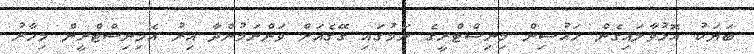
ބަޔަކު އޮޅުވާލައިގެން ހައުސިން މިނިސްޓްރީގެ ނަމުގައި ގޭގެއަށް ވަންނަމުންދާ އިރު އެމިނިސްޓްރީން މިހާރު